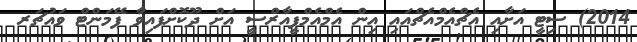
2014) ސިޓީ އަށާއި އެޗްއެމްއެޗްއައި އިން އެމްއެމްޕީއާރްސީ އަށް ދޫކޮށްފައިވާ ޕޭމަންޓް ވައުޗަރ